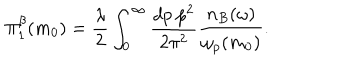
\Pi _ { 1 } ^ { \beta } ( m _ { 0 } ) = \frac { \lambda } { 2 } \int _ { 0 } ^ { \infty } \frac { d p ~ p ^ { 2 } } { 2 \pi ^ { 2 } } \frac { n _ { B } ( \omega ) } { \omega _ { p } ( m _ { 0 } ) } .